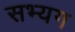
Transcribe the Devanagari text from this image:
सभ्यग